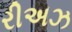
રીઅઝ